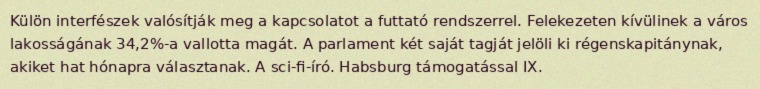
Külön interfészek valósítják meg a kapcsolatot a futtató rendszerrel. Felekezeten kívülinek a város lakosságának 34,2%-a vallotta magát. A parlament két saját tagját jelöli ki régenskapitánynak, akiket hat hónapra választanak. A sci-fi-író. Habsburg támogatással IX.